Supplement to the account of plague administration in the Bombay Presidency from September 1896 till May 1897
Year: 1896
Disease focus: Plague
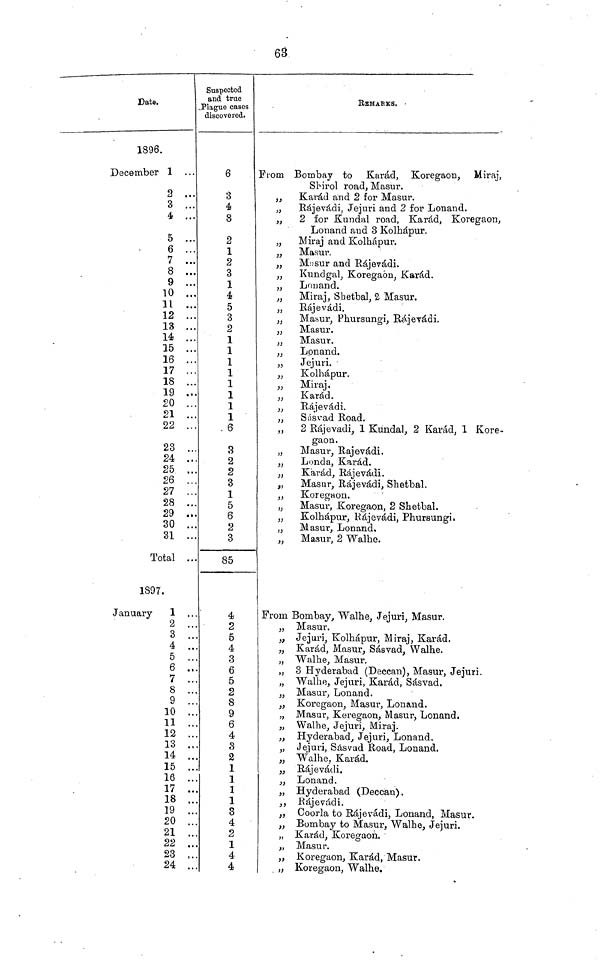
68
Date.
1896.
December 1 ...
2 ...
3 ...
4 ...
5 ...
6 ...
7 ...
8 ...
9 ...
10 ...
11 ...
12 ...
13 ...
14 ...
15 ...
16 ...
17 ...
18 ...
19 ...
20 ...
21 ...
22 ...
23 ...
24 ...
25 ...
26 ...
27 ...
28 ...
29 ...
30 ...
31 ...
Total ...
1897.
January
1 ...
2 ...
4 ...
5 ...
6 ...
7 ...
8 ...
9 ...
10 ...
11 ...
12 ...
13 ...
14 ...
15 ...
16 ...
17 ...
18 ..
19 ...
20 ...
21 ...
22 ..
23 ..
24 ..
Snspected
and true
Plague cases
discovered.
6
3
4
8
2
1
2
3
1
4
5
3
2
1
1
1
1
1
1
1
1
6
3
2
2
3
1
5
6
2
3
85
4
2
5
4
3
6
5
2
8
9
6
4
3
2
1
1
1
1
3
4
2
1
4
4
From
,,
,,
,,
,,
,,
,,
,,
,,
,,
,,
,,
,,
,,
,,
,,
,,
,,
,,
,,
,,
,,
,,
,,
,,
,,
,,
,,
From
,,
,,
,,
,,
,,
,,
,,
,,
,,
,,
,,
,,
,,
,,
,,
,,
,,
,,
,,
,,
,,,
,,
BEMARKS.
Bombay to Karád, Koregaon, Miraj,
Sbirol road, Masur.
Karád and 2 for Masar.
Rájevádi, Jejuri and 2 for Lonand.
2 for Kundal road, Karád, Koregaon,
Lonand and 3 Kolhápur.
Miraj and Kolhápur.
Masur.
Masur and Rájevádi.
Kundgal, Koregaon, Karád.
Lonand.
Miraj, Shetbal, 2 Masur.
Bájevádi.
Masur, Phursungi, Rájevádi.
Masur.
Masur.
Lonand.
Jejuri.
Kolhápur.
Miraj.
Karád.
Bájevádi.
Sásvad Road.
2 Rájevadi, 1 Kundal, 2 Karád, 1 Kore-
gaon.
Masur, Rajevádi.
Londa, Karád.
Karád, Rájevádi.
Masar, Bájevádi, Shetbal.
Koregaon.
Masur, Koregaon, 2 Shetbal.
Kolhápur, Rájevádi, Phursungi.
Masur, Lonand.
Masur, 2 Walhe.
Bombay, Walhe, Jejuri, Masur.
Masur.
Jejuri, Kolhápur, Miraj, Karád.
Karád, Masur, Sásvad, Walhe.
Walhe, Masur.
3 Hyderabad (Deccan), Masur, Jejuri.
Walhe, Jejuri, Karád, Sásvad,
Masur, Lonand.
Koregaon, Masur, Lonand.
Masar, Keregaon, Masur, Lonand.
Walhe, Jejuri, Miraj.
Hyderabad, Jejuri, Lonand.
Jejuri, Sásvad Boad, Lonand.
Walhe, Karád.
Bájevádi.
Lonand.
Hyderabad (Deccan).
Rájevádi.
Goorla to Bájevádi, Lonand, Masur.
Bombay to Masur, Walbe, Jejuri.
Karád, Koregaon.
Masur.
Koregaon, Karád, Masur.
Koregaon, Walhe.